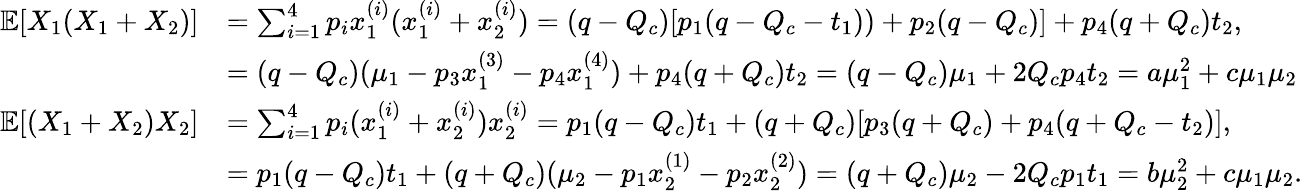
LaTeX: \begin{array}{rl}{\mathbb{E}[X_{1}(X_{1}+X_{2})]}&{=\sum_{i=1}^{4}p_{i}x_{1}^{(i)}(x_{1}^{(i)}+x_{2}^{(i)})=(q-Q_{c})[p_{1}(q-Q_{c}-t_{1}))+p_{2}(q-Q_{c})]+p_{4}(q+Q_{c})t_{2},}\\ &{=(q-Q_{c})(\mu_{1}-p_{3}x_{1}^{(3)}-p_{4}x_{1}^{(4)})+p_{4}(q+Q_{c})t_{2}=(q-Q_{c})\mu_{1}+2Q_{c}p_{4}t_{2}=a\mu_{1}^{2}+c\mu_{1}\mu_{2}}\\ {\mathbb{E}[(X_{1}+X_{2})X_{2}]}&{=\sum_{i=1}^{4}p_{i}(x_{1}^{(i)}+x_{2}^{(i)})x_{2}^{(i)}=p_{1}(q-Q_{c})t_{1}+(q+Q_{c})[p_{3}(q+Q_{c})+p_{4}(q+Q_{c}-t_{2})],}\\ &{=p_{1}(q-Q_{c})t_{1}+(q+Q_{c})(\mu_{2}-p_{1}x_{2}^{(1)}-p_{2}x_{2}^{(2)})=(q+Q_{c})\mu_{2}-2Q_{c}p_{1}t_{1}=b\mu_{2}^{2}+c\mu_{1}\mu_{2}.}\end{array}